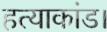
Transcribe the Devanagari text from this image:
हत्याकांड।